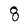
Character: 8